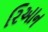
રિઆન